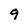
Character: 9